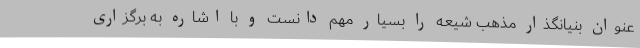
عنوان بنیانگذار مذهب شیعه را بسیار مهم دانست و با اشاره به برگزاری